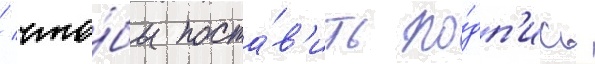
/ что́бы поста́в'ить по́дп'ись